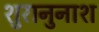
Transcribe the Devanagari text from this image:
शुरानुनाश